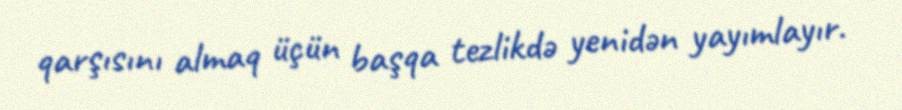
qarşısını almaq üçün başqa tezlikdə yenidən yayımlayır.